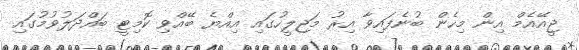
ޖީއޭއެމް އިން މިހެން ބުނެފައިވާ އިރު މަޖިލީހުގައި އިއްޔެ ބޭއްވި ކޮމިޓީ ބައްދަލުވުމުގައި